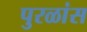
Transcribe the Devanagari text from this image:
पुरळांस